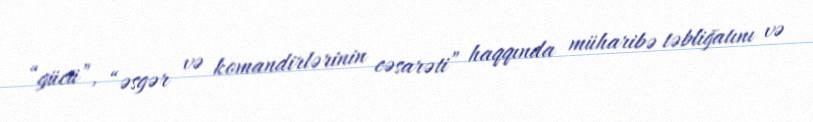
“gücü”, “əsgər və komandirlərinin cəsarəti” haqqında müharibə təbliğatını və